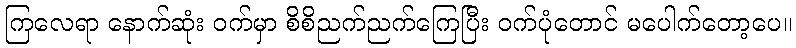
ကြလေရာ နောက်ဆုံး ဝက်မှာ စိစိညက်ညက်ကြေပြီး ဝက်ပုံတောင် မပေါက်တော့ပေ။